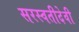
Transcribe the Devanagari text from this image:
सरस्वतीदेवी